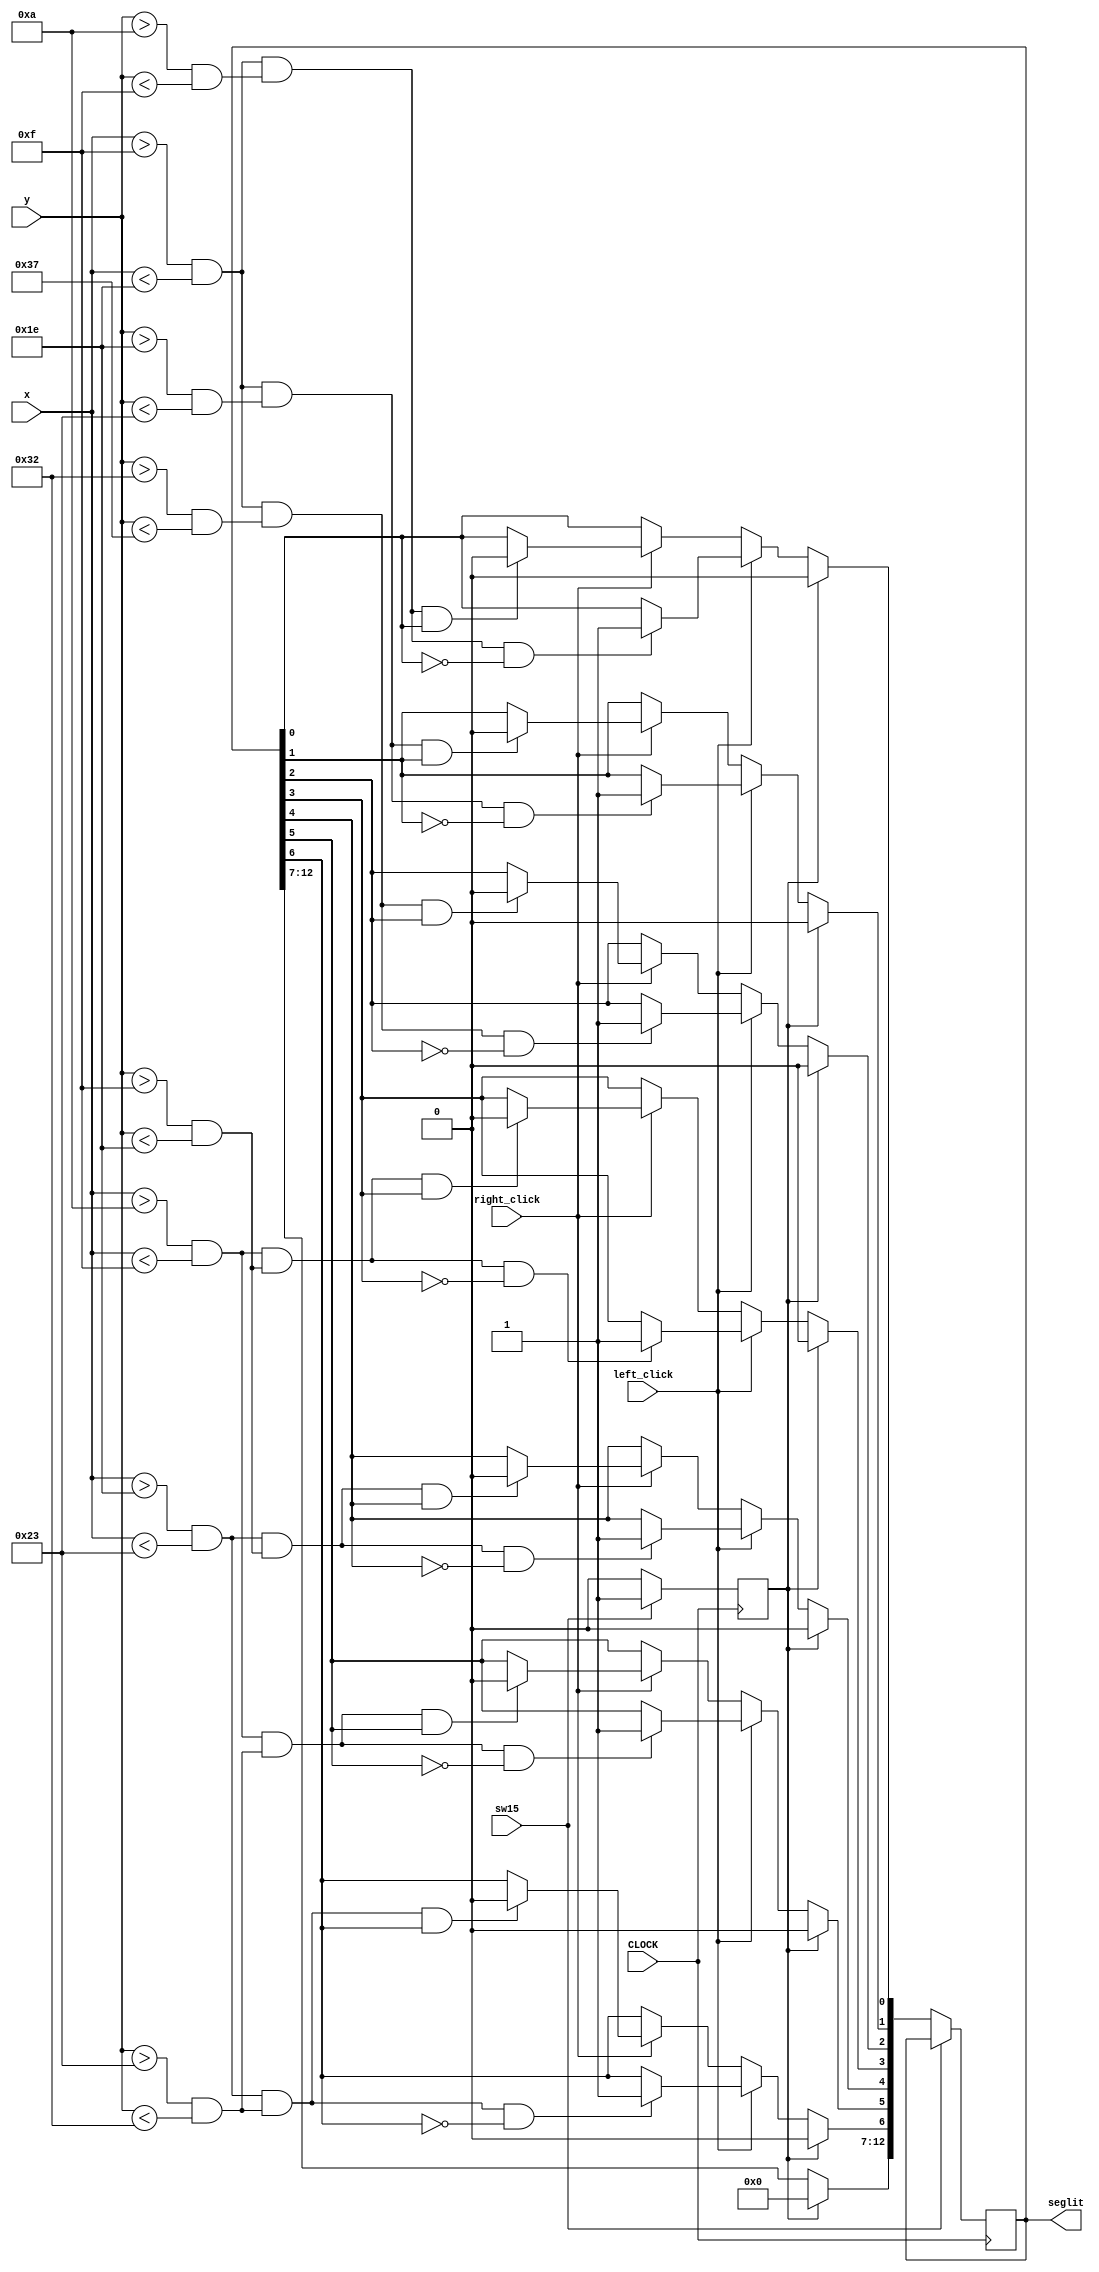
`timescale 1ns / 1ps
//////////////////////////////////////////////////////////////////////////////////
// Company: 
// Engineer: 
// 
// Design Name: 
// Module Name: handleClick
// Project Name: 
// Target Devices: 
// Tool Versions: 
// Description: 
// 
// Dependencies: 
// 
// Revision:
// Revision 0.01 - File Created
// Additional Comments:
// 
//////////////////////////////////////////////////////////////////////////////////


module handleClick(
    input CLOCK,
    input left_click,
    input right_click,
    input [6:0] x,
    input [5:0] y,
    input sw15,
    output reg [12:0] seglit = 0
    );
    //reg change_flag = 1;
    reg p15 = 0;
    always @(posedge CLOCK) begin
        if (!sw15) begin
            if (p15 == 1) begin
                p15 <= 0;
                seglit = 0;
            end else begin
                if (left_click) begin
                    seglit[0] <= ((x > 15 && x < 30) && (y > 10 && y < 15) && ~seglit[0])? 1 : seglit[0];
                    seglit[1] <= ((x > 15 && x < 30) && (y > 30 && y < 35) && ~seglit[1])? 1 : seglit[1];
                    seglit[2] <= ((x > 15 && x < 30) && (y > 50 && y < 55) && ~seglit[2])? 1 : seglit[2];
                    seglit[3] <= ((x > 10 && x < 15) && (y > 15 && y < 30) && ~seglit[3])? 1 : seglit[3];
                    seglit[4] <= ((x > 30 && x < 35) && (y > 15 && y < 30) && ~seglit[4])? 1 : seglit[4];
                    seglit[5] <= ((x > 10 && x < 15) && (y > 35 && y < 50) && ~seglit[5])? 1 : seglit[5];
                    seglit[6] <= ((x > 30 && x < 35) && (y > 35 && y < 50) && ~seglit[6])? 1 : seglit[6];
                end else
                if (right_click) begin
                    seglit[0] <= ((x > 15 && x < 30) && (y > 10 && y < 15) && seglit[0])? 0 : seglit[0];
                    seglit[1] <= ((x > 15 && x < 30) && (y > 30 && y < 35) && seglit[1])? 0 : seglit[1];
                    seglit[2] <= ((x > 15 && x < 30) && (y > 50 && y < 55) && seglit[2])? 0 : seglit[2];
                    seglit[3] <= ((x > 10 && x < 15) && (y > 15 && y < 30) && seglit[3])? 0 : seglit[3];
                    seglit[4] <= ((x > 30 && x < 35) && (y > 15 && y < 30) && seglit[4])? 0 : seglit[4];
                    seglit[5] <= ((x > 10 && x < 15) && (y > 35 && y < 50) && seglit[5])? 0 : seglit[5];
                    seglit[6] <= ((x > 30 && x < 35) && (y > 35 && y < 50) && seglit[6])? 0 : seglit[6];
        
                end           
            end
        end else begin//sw15 on
            p15 <= 1;
        end
    end

endmodule